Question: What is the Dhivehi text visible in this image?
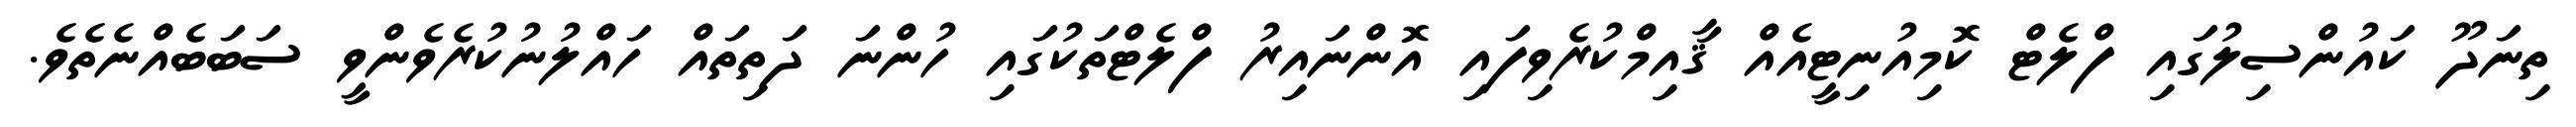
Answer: ތިނަދޫ ކައުންސިލުގައި ފްލެޓް ކޮމިއުނިޓީއެއް ޤާއިމްކުރެވިފައި އޮންނައިރު ފްލެޓްތަކުގައި ހުންނަ ދަތިތައް ހައްލުނުކުރެވެންވީ ސަބަބެއްނެތެވެ.